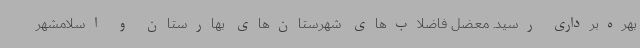
بهره‌برداری رسید. معضل فاضلاب‌های شهرستان‌های بهارستان و اسلامشهر